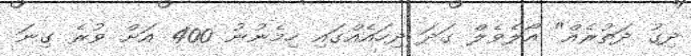
ދިގު ދަތުރެއް" އޯލެވެލް ގަދަ ދިހައެއްގައި ހިމެނުނު 400 އަށް ވުރެ ގިނަ